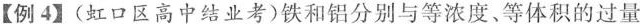
【例4】（虹口区高中结业考）铁和铝分别与等浓度、等体积的过量